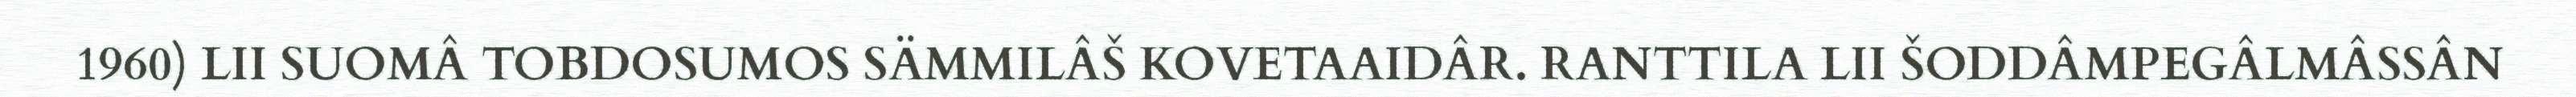
1960) LII SUOMÂ TOBDOSUMOS SÄMMILÂŠ KOVETAAIDÂR. RANTTILA LII ŠODDÂMPEGÂLMÂSSÂN